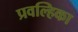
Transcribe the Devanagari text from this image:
प्रवल्हिका